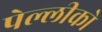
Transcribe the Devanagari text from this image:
पेल्लीको